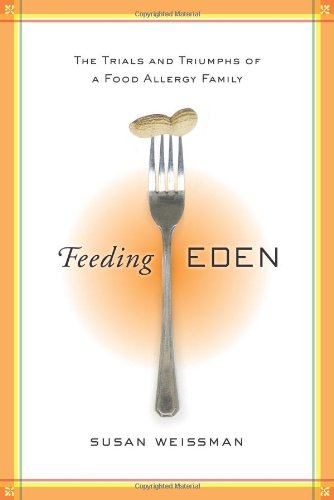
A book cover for Feeding Eden: The Trials and Triumphs of a Food Allergy Family; Susan Weissman; Health, Fitness & Dieting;